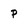
Character: p